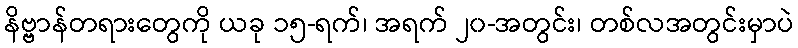
နိဗ္ဗာန်တရားတွေကို ယခု ၁၅-ရက်၊ အရက် ၂၀-အတွင်း၊ တစ်လအတွင်းမှာပဲ